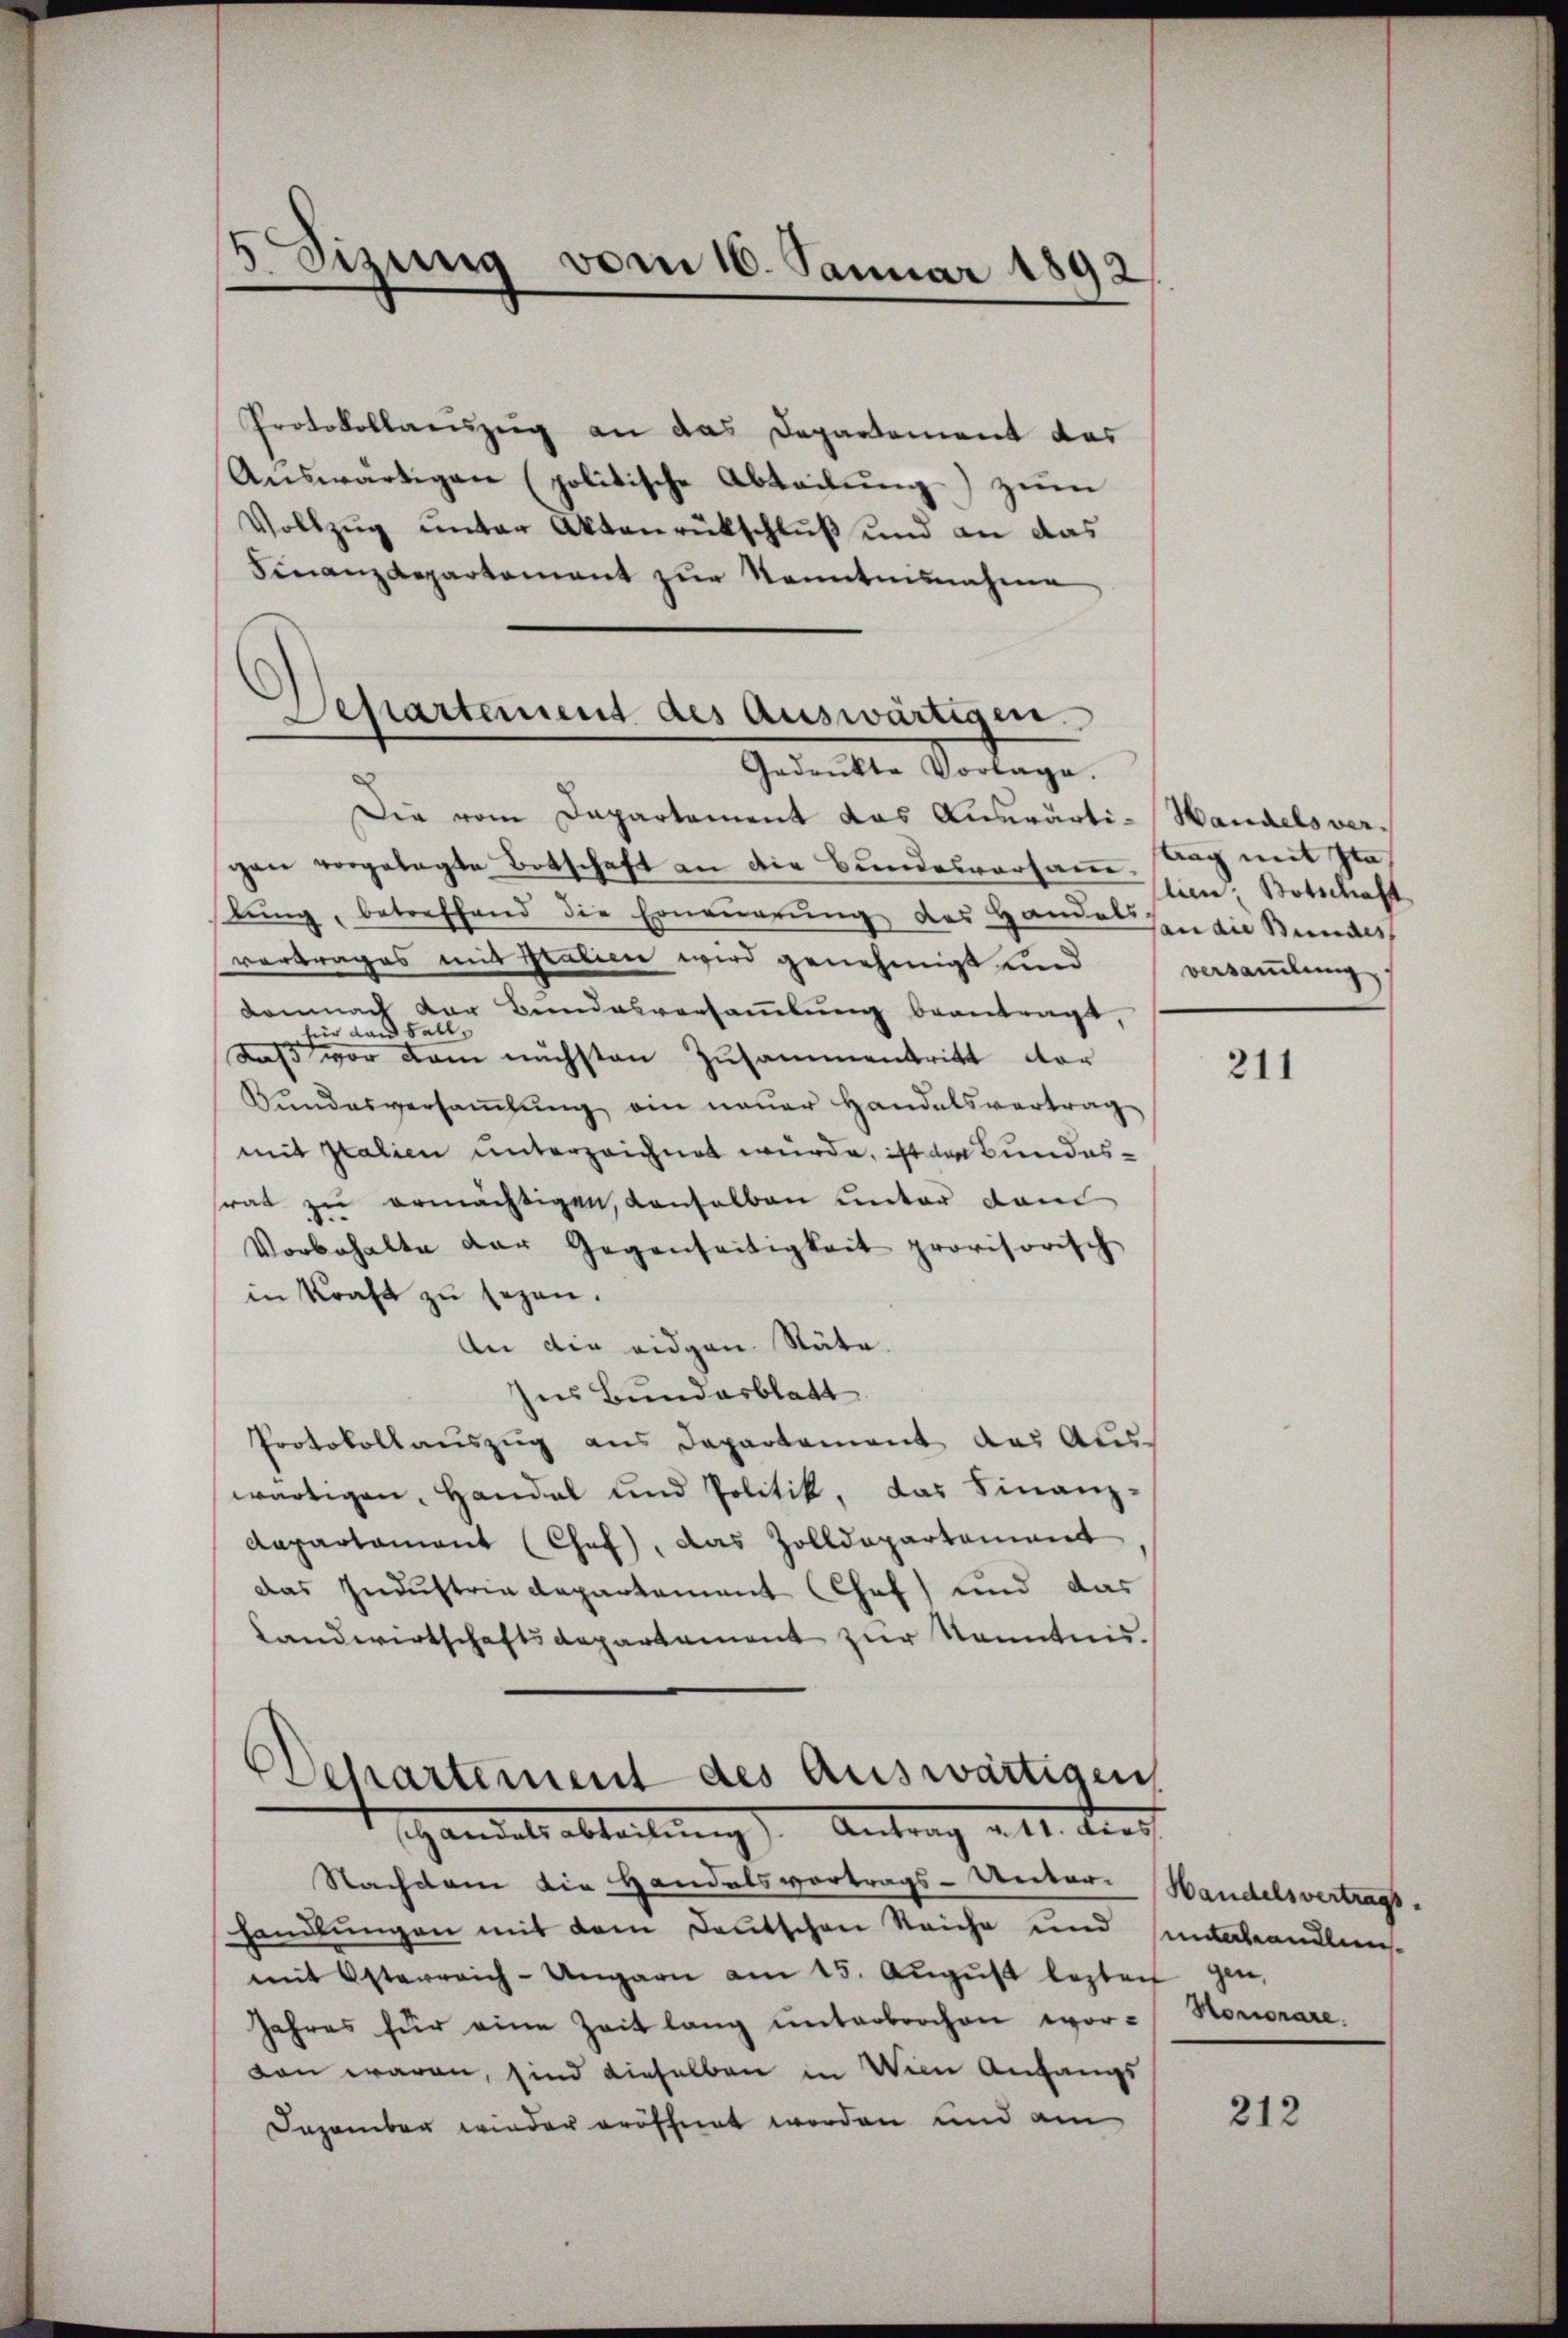
5 Sisung vom 16. Januar 1892

Protokollauszug an das Departement des
Auswärtigen (politische Abladung) zum
Vollzug unter Aktenrückschluß und an das
Finanzdepartement zur Kenntnisnahme

Departement des Auswärtigen.
e
Gedrukte Vorlage.

Die vom Departement das Auswärti-Handels vergan vorgelegte Botschaft an die Bundesversamm Tag mit Ita
lŭng, betreffend die Erneŭerŭng des Handel Indie Bundes
vortrages mit pralien wird genehmigt und versamlung
Demnach der Bundesversammlung beantragt,
ir dan Fall,
¬
Daß vor dem nächsten Zusammentritt dar
Bundesversaṁlŭng ein neuer Handelsvertrag
mit Italien unterzeichnet würde, ist der Bundessrat zu ermächtigen, denselben unter dem
Vorbehalte der Gegenseitigkeit provisorisch
in Kraft zu sezen.
An die eidgen Stäte.
Ins Bundesblatt
Protokollauszug aus Departement der Aus-
wärtigen, Handel und Politik, das Finanz-
Aapartament (Chef, das Zolldepartament
Das Industria departement Chef) und das
Landwirtschaftsdepartament zur Kenntnis.

s
+ Departement des Auswärtigen
shandelsabteilung). Antrag als Aufh

lien Botschaft

Nachdem die Handelsvortrags-Unter-Handelsvertrags-
handlungen mit dem Deutschen Reiche und Antaleandlun
mit Osterreich-Ungarn am 15. Aŭgŭst lezten gen
Jahres für eine Zeit lang unterbrochen worden waren, sind dieselben in Wien Anfangs
Dezember wieder eröffnet worden und am

211

Honionare.

212